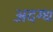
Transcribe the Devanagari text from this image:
अदग्ध